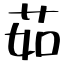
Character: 茹